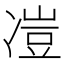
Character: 凒